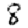
Digit: 8